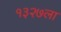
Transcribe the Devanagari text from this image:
१३२७ला